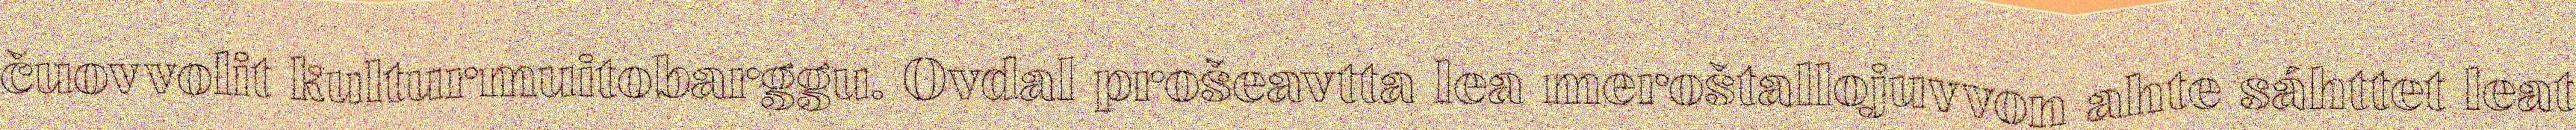
čuovvolit kulturmuitobarggu. Ovdal prošeavtta lea meroštallojuvvon ahte sáhttet leat